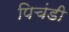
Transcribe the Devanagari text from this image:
पिचंडी